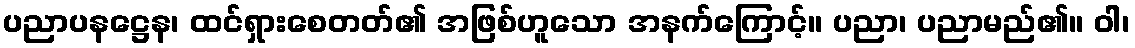
ပညာပနဋ္ဌေန၊ ထင်ရှားစေတတ်၏ အဖြစ်ဟူသော အနက်ကြောင့်။ ပညာ၊ ပညာမည်၏။ ဝါ၊